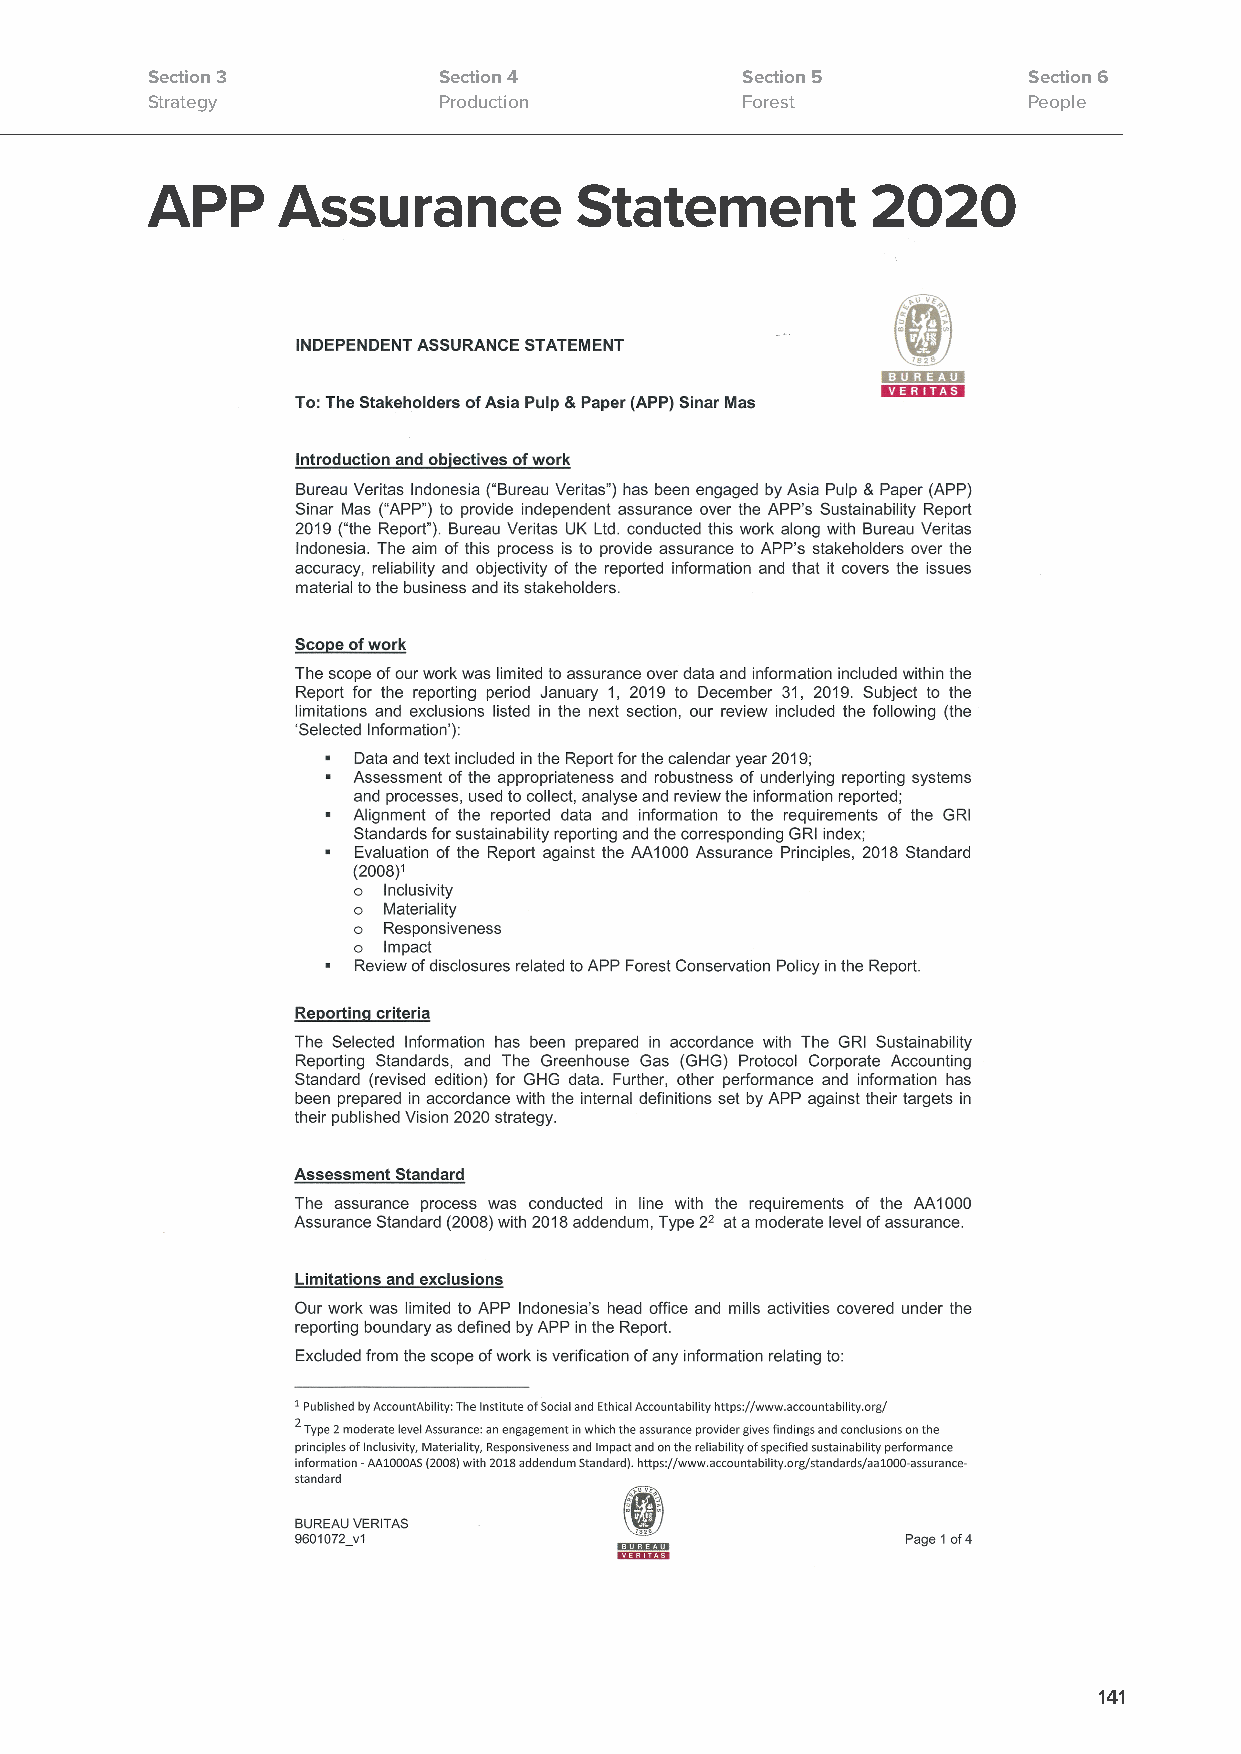
Section 3          Section 4           Section 5          Section 6
 Strategy           Production          Forest             People
 APP     Assurance           Statement           2020
 141